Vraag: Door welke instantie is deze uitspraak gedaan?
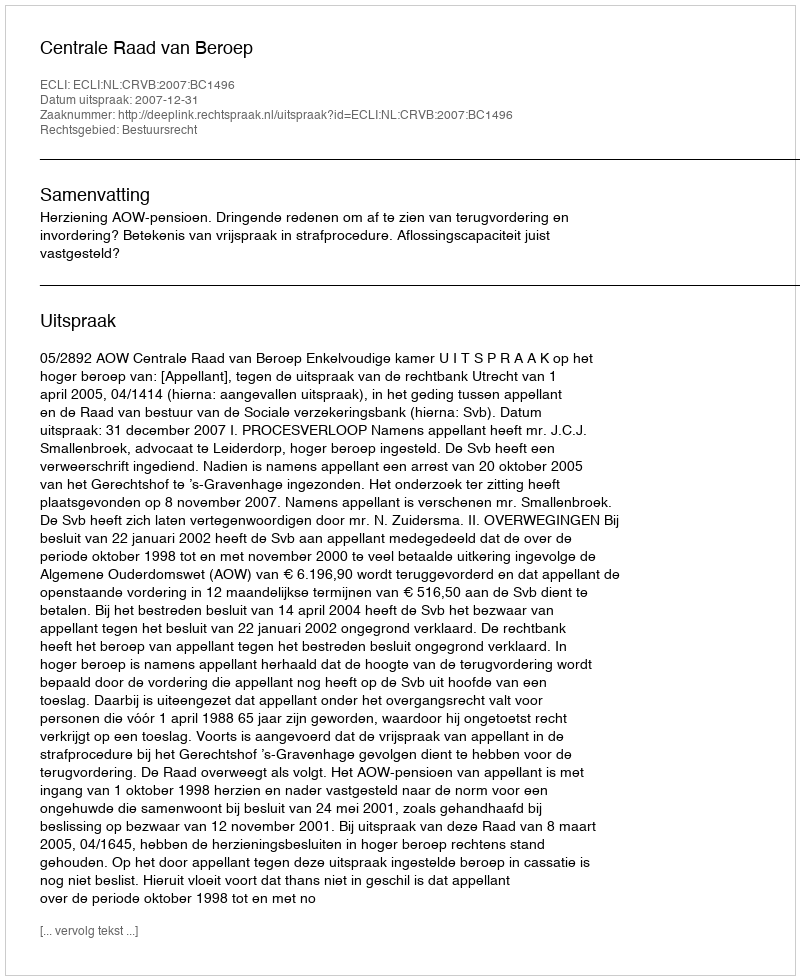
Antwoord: Centrale Raad van Beroep